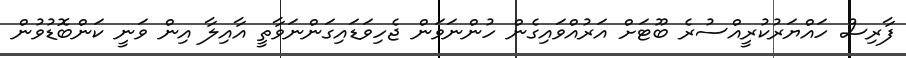
ފާރިސް ހައްޔަރުކުރީއްސުރެ ބޫޓަށް އަރުއްވައިގެން ހުންނަވަން ޖެހިވަޑައިގަންނަވާތީ އާއިލާ އިން ވަނީ ކަންބޮޑުވުން